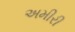
અમીરી